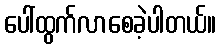
ပေါ်ထွက်လာစေခဲ့ပါတယ်။